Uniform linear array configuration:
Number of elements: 64
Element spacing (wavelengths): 0.5
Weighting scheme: hann
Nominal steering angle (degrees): -15
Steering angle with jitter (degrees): -15.489
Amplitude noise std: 0.05
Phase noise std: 0.05

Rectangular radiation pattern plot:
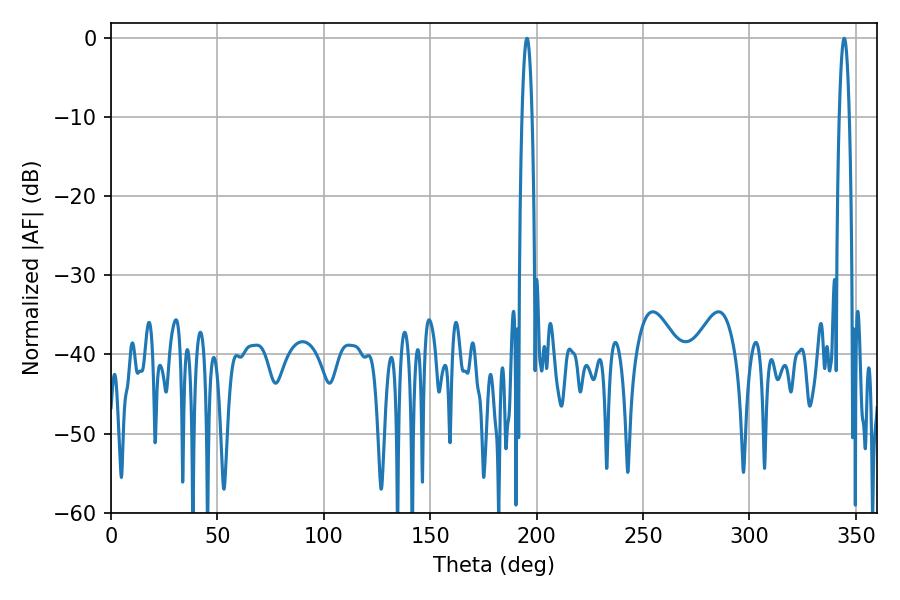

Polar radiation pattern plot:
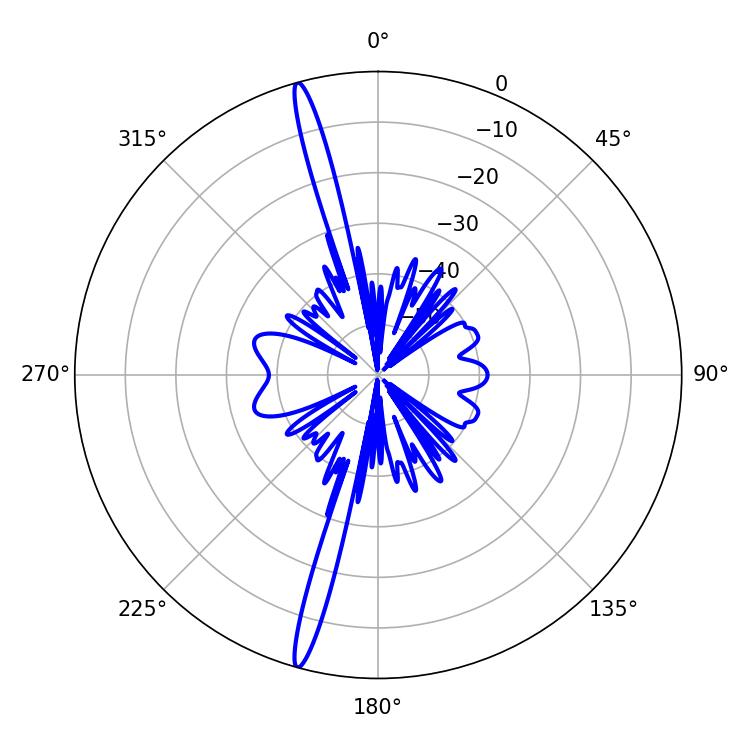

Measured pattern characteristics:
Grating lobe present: FALSE
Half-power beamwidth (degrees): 2.52
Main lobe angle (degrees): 195.48